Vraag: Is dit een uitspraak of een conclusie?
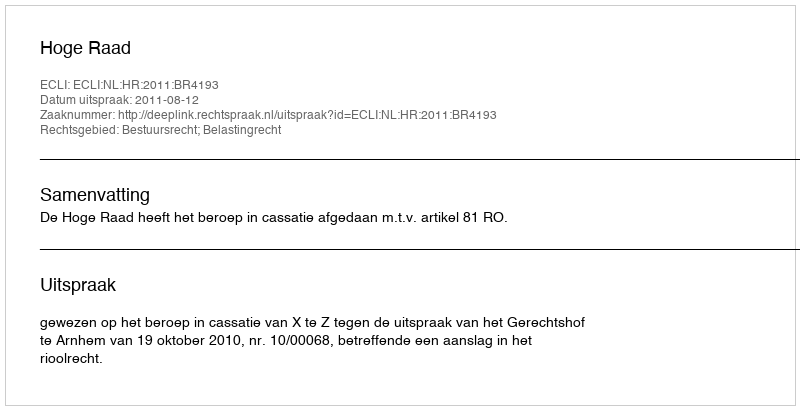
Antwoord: Uitspraak